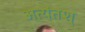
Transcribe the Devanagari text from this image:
अत्यंतश्